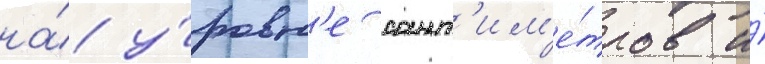
на́ у́ровн'е сант'им'е́тров и́